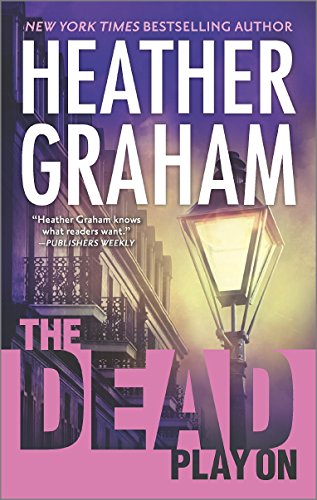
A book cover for The Dead Play On (Cafferty & Quinn); Heather Graham; Romance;